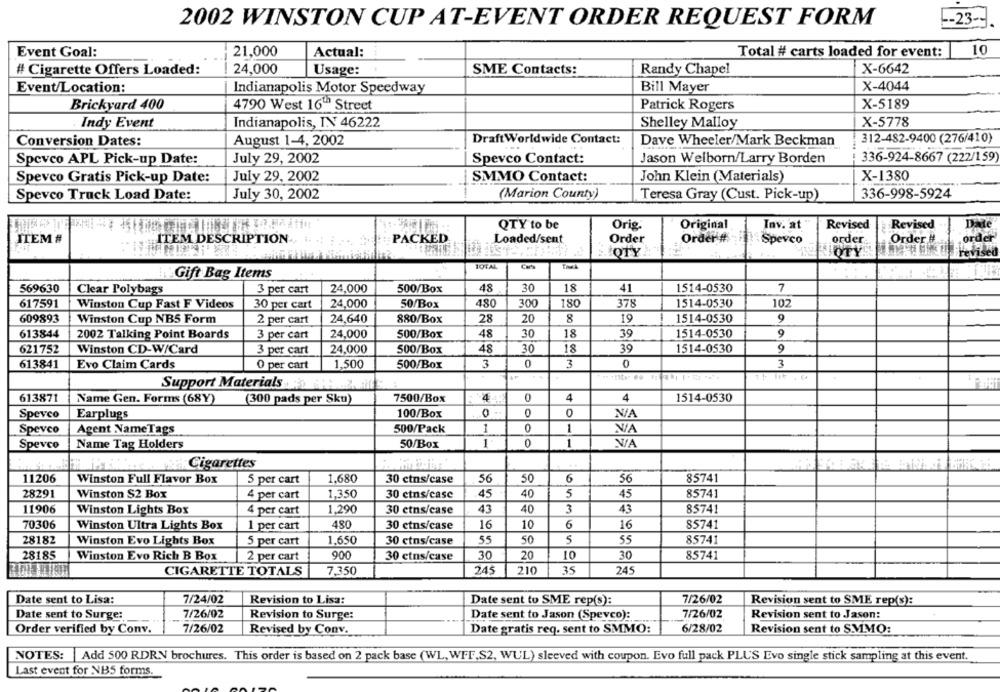
-- 23
2002 WINSTON CUP AT-EVENT ORDER REQUEST FORM
Event Goal:
21,000
Actual:
Total # carts loaded for event:
10
# Cigarette Offers Loaded:
24,000
Usage:
SME Contacts:
Randy Chapel
X-6642
Event/Location:
Indianapolis Motor Speedway
Bill Mayer
X-4044
X-5189
Brickyard 400
4790 West 16"ª Street
Patrick Rogers
Indy Event
Indianapolis, IN 46222
Shelley Malloy
X-5778
312-482-9400 (276/410)
Conversion Dates:
August 1-4, 2002
DraftWorldwide Contact:
Dave Wheeler/Mark Beckman
July 29, 2002
Spevco Contact:
Jason Welborn/Larry Borden
336-924-8667 (222/159
Speveo APL Pick-up Date:
Spevco Gratis Pick-up Date:
July 29, 2002
SMMO Contact:
John Klein (Materials)
X-1380
(Marion County)
336-998-5924
Spevco Truck Load Date:
July 30, 2002
Teresa Gray (Cust. Pick-up)
QTY to be
Orig.
Original
Inv. at
Revised
Revised
Date
ITEM #
ITEM DESCRIPTION
PACKED
Loaded/sent
Order
Order #
Spevco
order.
Order #
order
OTY
JOTYS
revised
TOTAL
Carta
Gift Bag Items
569630
Clear Polybags
3 per cart
24,000
500/Box
48
30
18
41
1514-0530
7
617591
Winston Cup Fast F Videos
30 per cart
24,000
50/Box
480
300
180
378
1514-0530
102
609893
1514-0530
Winston Cup NB5 Form
2 per cart
24,640
880/Box
28
20
8
19
9
613844
2002 Talking Point Boards
3 per cart
24,000
500/Box
48
30
18
39
1514-0530
621752
Winston CD-W/Card
3 per cart
24,000
500/Box
48
30
18
39
1514-0530
9
613841
Evo Claim Cards
O per cart
1,500
500/Box
3
0
3
0
3
Support Materials . . .
613871
Name Gen. Forms (68Y)
(300 pads per Sku)
7500/Box
4
0
4
4
1514-0530
Speveo
Earplugs
100/Box
0
0
0
Speveo
500/Pack
1
0
1
Agent NameTags
V/A
1
0
WA
Spevco
Name Tag Holders
50/Box
Cigarettes
11206
1,680
6
85741
Winston Full Flavor Box
5 per cart
30 ctns/case
56
50
56
28291
Winston $2 Box
4 per cart
1.350
30 etns/case
45
40
5
45
85741
11906
Winston Lights Box
4 per cart
1,290
30 ctns/case
43
40
3
43
85741
70306
Winston Ultra Lights Box
1 per cart
480
30 ctns/case
16
10
6
16
85741
28182
1.650
55
50
5
55
85741
Winston Evo Lights Box
5 per cart
30 ctns/case
28185
Winston Evo Rich B Box
2 per cart
900
30 ctns/case
30
20
10
30
85741
CIGARETTE TOTALS
7,350
245
210
35
245
Date sent to Lisa:
7/24/02
Revision to Lisa:
Date sent to SME rep(s):
7/26/02
Revision sent to SME rep(s):
Date sent to Surge:
7/26/02
Revision to Surge:
Date sent to Jason (Spevco):
7/26/02
Revision sent to Jason:
Order verified by Conv.
7/26/02
Revised by Conv.
Date gratis req. sent to SMMO:
6/28/02
Revision sent to S.MMO:
NOTES:
Add 500 RDRN brochures. This order is based on 2 pack base (WL, WFF,S2, WUL) sleeved with coupon. Evo full pack PLUS Evo single stick sampling at this event.
Last event for NB5 forms.